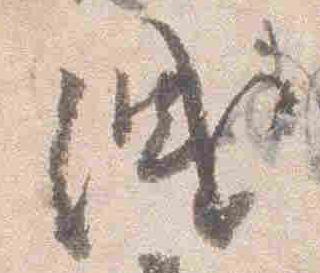
洩